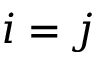
i = j